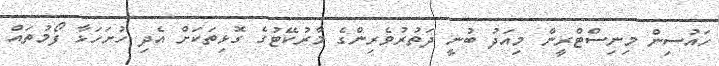
ހައުސިން މިނިސްޓްރީން މިއަދު ބުނީ ދަތުރުވެރިންގެ މާރުކޭޓުގެ ގޮޅިތަކަށް އެދި ހުށަހަޅާ ފޯމުތައް